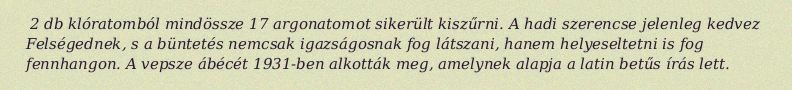
2 db klóratomból mindössze 17 argonatomot sikerült kiszűrni. A hadi szerencse jelenleg kedvez Felségednek, s a büntetés nemcsak igazságosnak fog látszani, hanem helyeseltetni is fog fennhangon. A vepsze ábécét 1931-ben alkották meg, amelynek alapja a latin betűs írás lett.